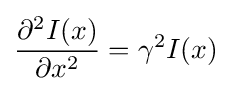
{\frac {\partial ^{2}I(x)}{\partial x^{2}}}=\gamma ^{2}I(x)